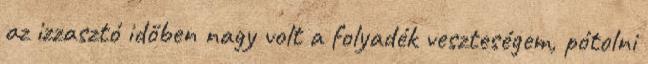
az izzasztó időben nagy volt a folyadék veszteségem, pótolni